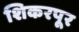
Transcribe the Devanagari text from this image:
शिकरपूर